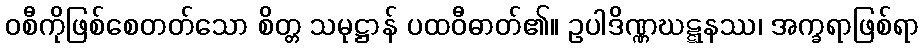
ဝစီကိုဖြစ်စေတတ်သော စိတ္တ သမုဋ္ဌာန် ပထဝီဓာတ်၏။ ဥပါဒိဏ္ဏဃဋ္ဋနဿ၊ အက္ခရာဖြစ်ရာ